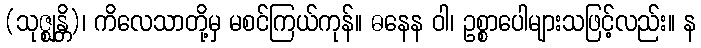
(သုဇ္ဈန္တိ)၊ ကိလေသာတို့မှ မစင်ကြယ်ကုန်။ ဓနေန ဝါ၊ ဥစ္စာပေါများသဖြင့်လည်း။ န